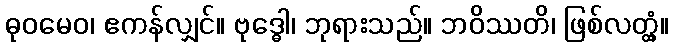
ဓုဝမေဝ၊ ဧကန်လျှင်။ ဗုဒ္ဓေါ၊ ဘုရားသည်။ ဘဝိဿတိ၊ ဖြစ်လတ္တံ့။